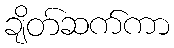
ချိတ်ဆက်ကာ